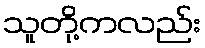
သူတို့ကလည်း